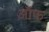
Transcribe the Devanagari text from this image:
ऑफ